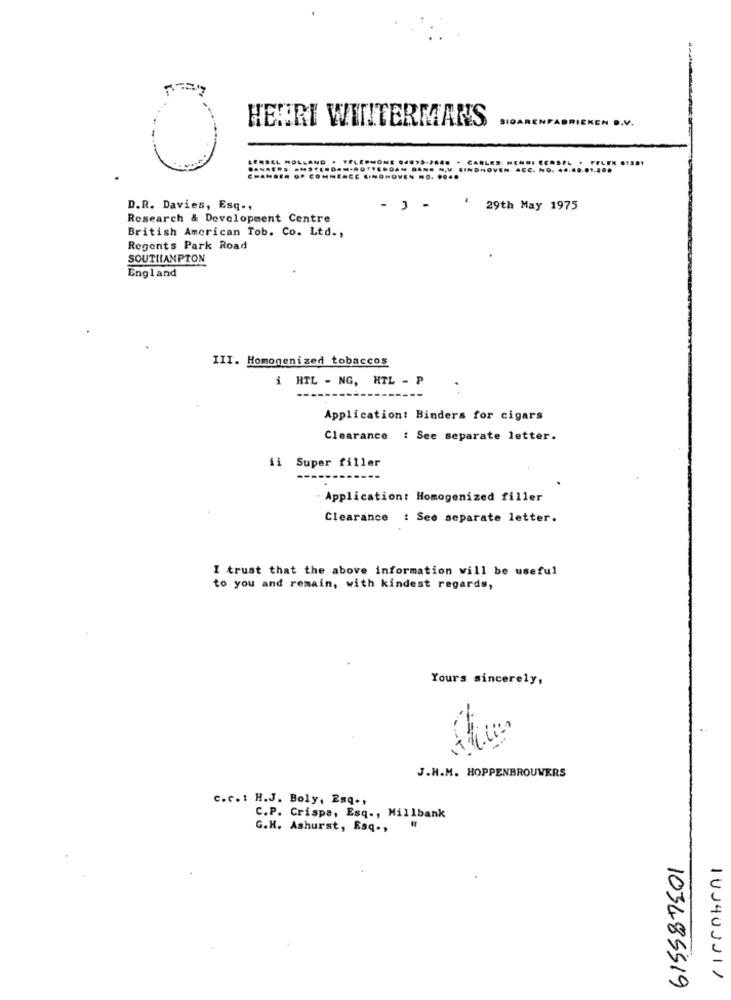
HENRI WILITERMANS
.
D.R. Davies, Esq -,
- 3 -
29th May 1975
Research & Development Centre
British American Tob. Co. Ltd .,
Regents Park Road
SOUTHAMPTON
England
III. Homogenized tobaccos
i HTL - NG, HTL - P
Application: Binders for cigars
Clearance : See separate letter.
ii Super filler
Applicationt Homogenized filler
Clearance : See separate letter.
I trust that the above information will be useful
to you and remain, with kindest regards,
Yours sincerely,
J.H.M. HOPPENBROUWERS
c.c. : H.J. Boly, Esq .,
C.P. Crispa, Esq ., Millbank
G.H. Ashurst, Esq .,
141403211
103485519